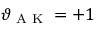
\vartheta _ { \textrm { A K } } = + 1